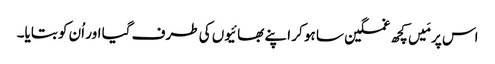
اس پر مَیں کچھ غمگین سا ہو کر اپنے بھائیوں کی طرف گیا اور اُن کو بتایا۔